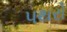
પથરો